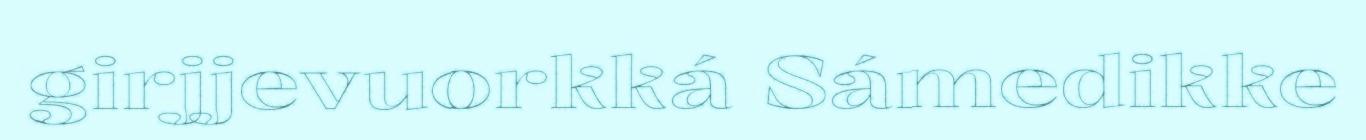
girjjevuorkká Sámedikke